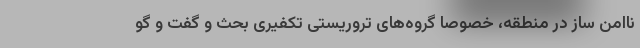
ناامن ساز در منطقه، خصوصا گروه‌های تروریستی تکفیری بحث و گفت و گو